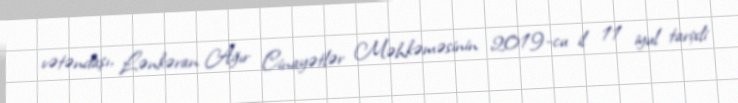
vətəndaşı, Lənkəran Ağır Cinayətlər Məhkəməsinin 2019-cu il 11 iyul tarixli